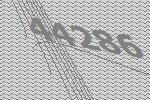
44286